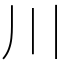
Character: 川